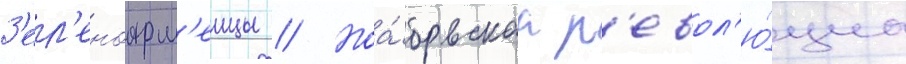
З'ел'еноарм'еицы // Ноа́брьскаа р'евол'ю́циа